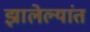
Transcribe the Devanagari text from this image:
झालेल्यांत